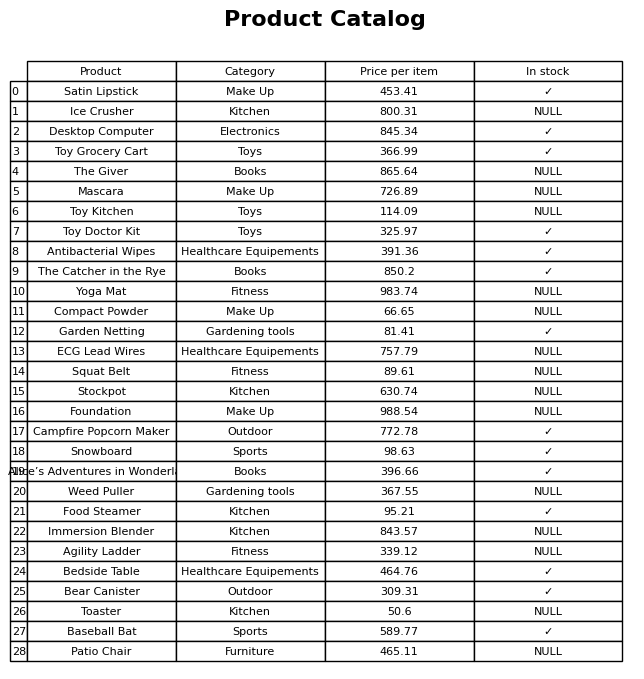
question: What is the price of the ECG Lead Wires?
answer: The price of ECG Lead Wires is 757.79.